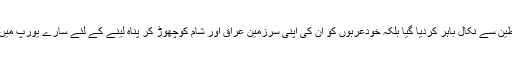
عربوں کو نہ صرف فلسطین سے نکال باہر کردیا گیا بلکہ خودعربوں کو ان کی اپنی سرزمین عراق اور شام کوچھوڑ کر پناہ لینے کے لئے سارے یورپ میں دربدر بھٹکنا پڑرہا ہے۔